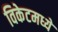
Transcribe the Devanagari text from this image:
विकेटमध्ये